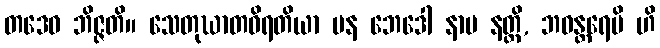
တဒေဝ ဘိဇ္ဇတိ။ သေတုဃာတဝိရတိယာ ပန ဘေဒေါ နာမ နတ္ထိ, ဘဝန္တရေပိ ဟိ